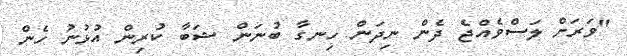
"ވަރަށް ލަސްވެއްޖެ ދެން ނިދަން ހިނގާ ބުނަން ޝަބާ ކުރިން އުޅުނު ހެން